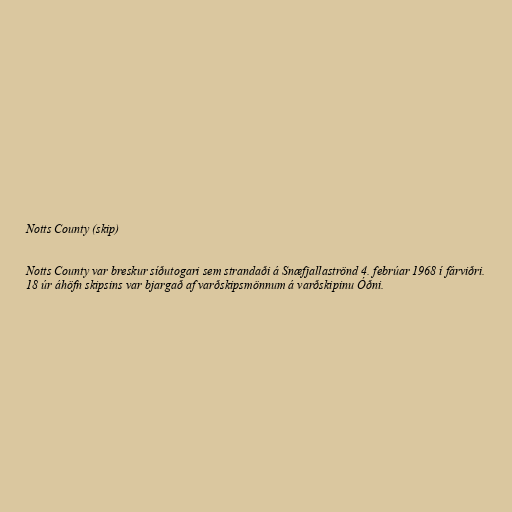
Notts County (skip)

Notts County var breskur síðutogari sem strandaði á Snæfjallaströnd 4. febrúar 1968 í fárviðri.
18 úr áhöfn skipsins var bjargað af varðskipsmönnum á varðskipinu Óðni.